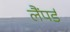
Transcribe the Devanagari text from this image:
लैंपर्ड